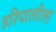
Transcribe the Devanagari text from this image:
हरियालीला